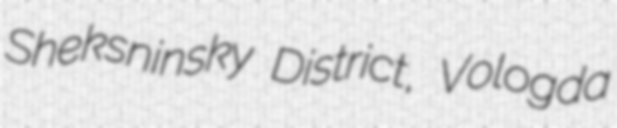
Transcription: Sheksninsky District, Vologda